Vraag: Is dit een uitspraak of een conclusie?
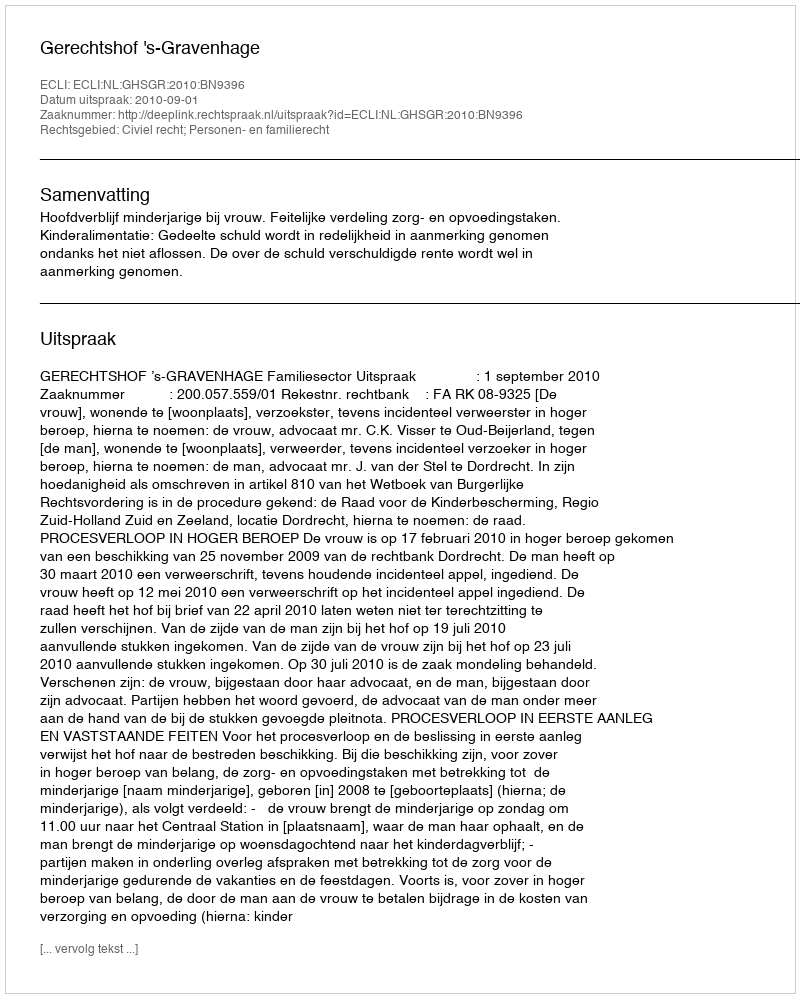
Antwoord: Uitspraak